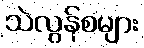
သဲလွန်စများ